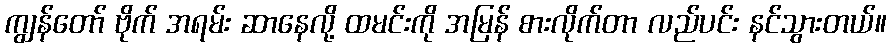
ကျွန်တော် ဗိုက် အရမ်း ဆာနေလို့ ထမင်းကို အမြန် စားလိုက်တာ လည်ပင်း နင်သွားတယ်။